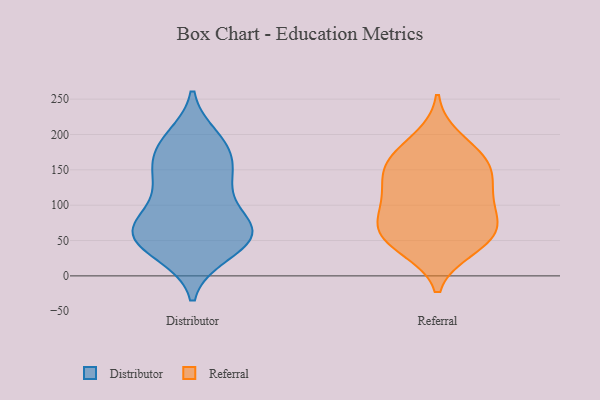
{"axis": {"x": "Inventory Turnover", "y": "Value"}, "legend": ["Distributor", "Referral"], "data": [{"x": "", "y": 32, "type": "Distributor"}, {"x": "", "y": 146, "type": "Distributor"}, {"x": "", "y": 78, "type": "Distributor"}, {"x": "", "y": 54, "type": "Distributor"}, {"x": "", "y": 66, "type": "Distributor"}, {"x": "", "y": 66, "type": "Distributor"}, {"x": "", "y": 63, "type": "Distributor"}, {"x": "", "y": 80, "type": "Distributor"}, {"x": "", "y": 135, "type": "Distributor"}, {"x": "", "y": 184, "type": "Distributor"}, {"x": "", "y": 140, "type": "Distributor"}, {"x": "", "y": 58, "type": "Distributor"}, {"x": "", "y": 181, "type": "Distributor"}, {"x": "", "y": 194, "type": "Distributor"}, {"x": "", "y": 178, "type": "Distributor"}, {"x": "", "y": 52, "type": "Distributor"}, {"x": "", "y": 123, "type": "Distributor"}, {"x": "", "y": 34, "type": "Distributor"}, {"x": "", "y": 118, "type": "Referral"}, {"x": "", "y": 59, "type": "Referral"}, {"x": "", "y": 104, "type": "Referral"}, {"x": "", "y": 71, "type": "Referral"}, {"x": "", "y": 155, "type": "Referral"}, {"x": "", "y": 64, "type": "Referral"}, {"x": "", "y": 42, "type": "Referral"}, {"x": "", "y": 99, "type": "Referral"}, {"x": "", "y": 39, "type": "Referral"}, {"x": "", "y": 159, "type": "Referral"}, {"x": "", "y": 171, "type": "Referral"}, {"x": "", "y": 153, "type": "Referral"}, {"x": "", "y": 194, "type": "Referral"}, {"x": "", "y": 68, "type": "Referral"}, {"x": "", "y": 130, "type": "Referral"}]}